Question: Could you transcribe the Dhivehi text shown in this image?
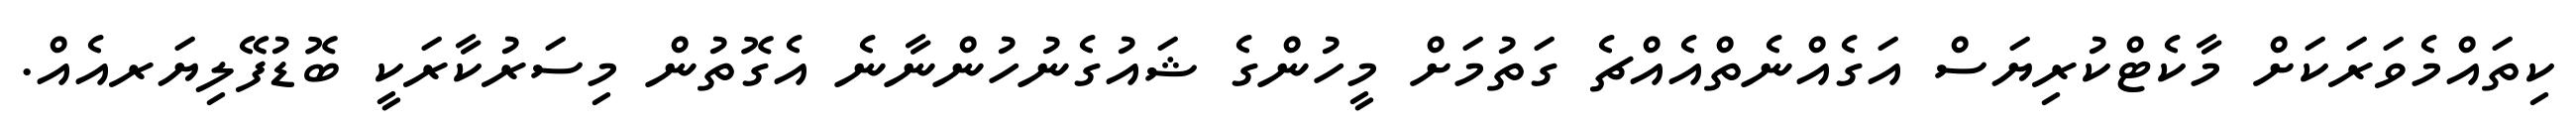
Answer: ކިތައްމެވަރަކަށް މާކެޓްކުރިޔަސް އަގެއްނެތްއެއްޗެ ގަތުމަށް މީހުންގެ ޝައުގެނުހުންނާނެ އެގޮތުން މިސަރުކާރަކީ ބޮޑުފޭލިޔަރއެއް.